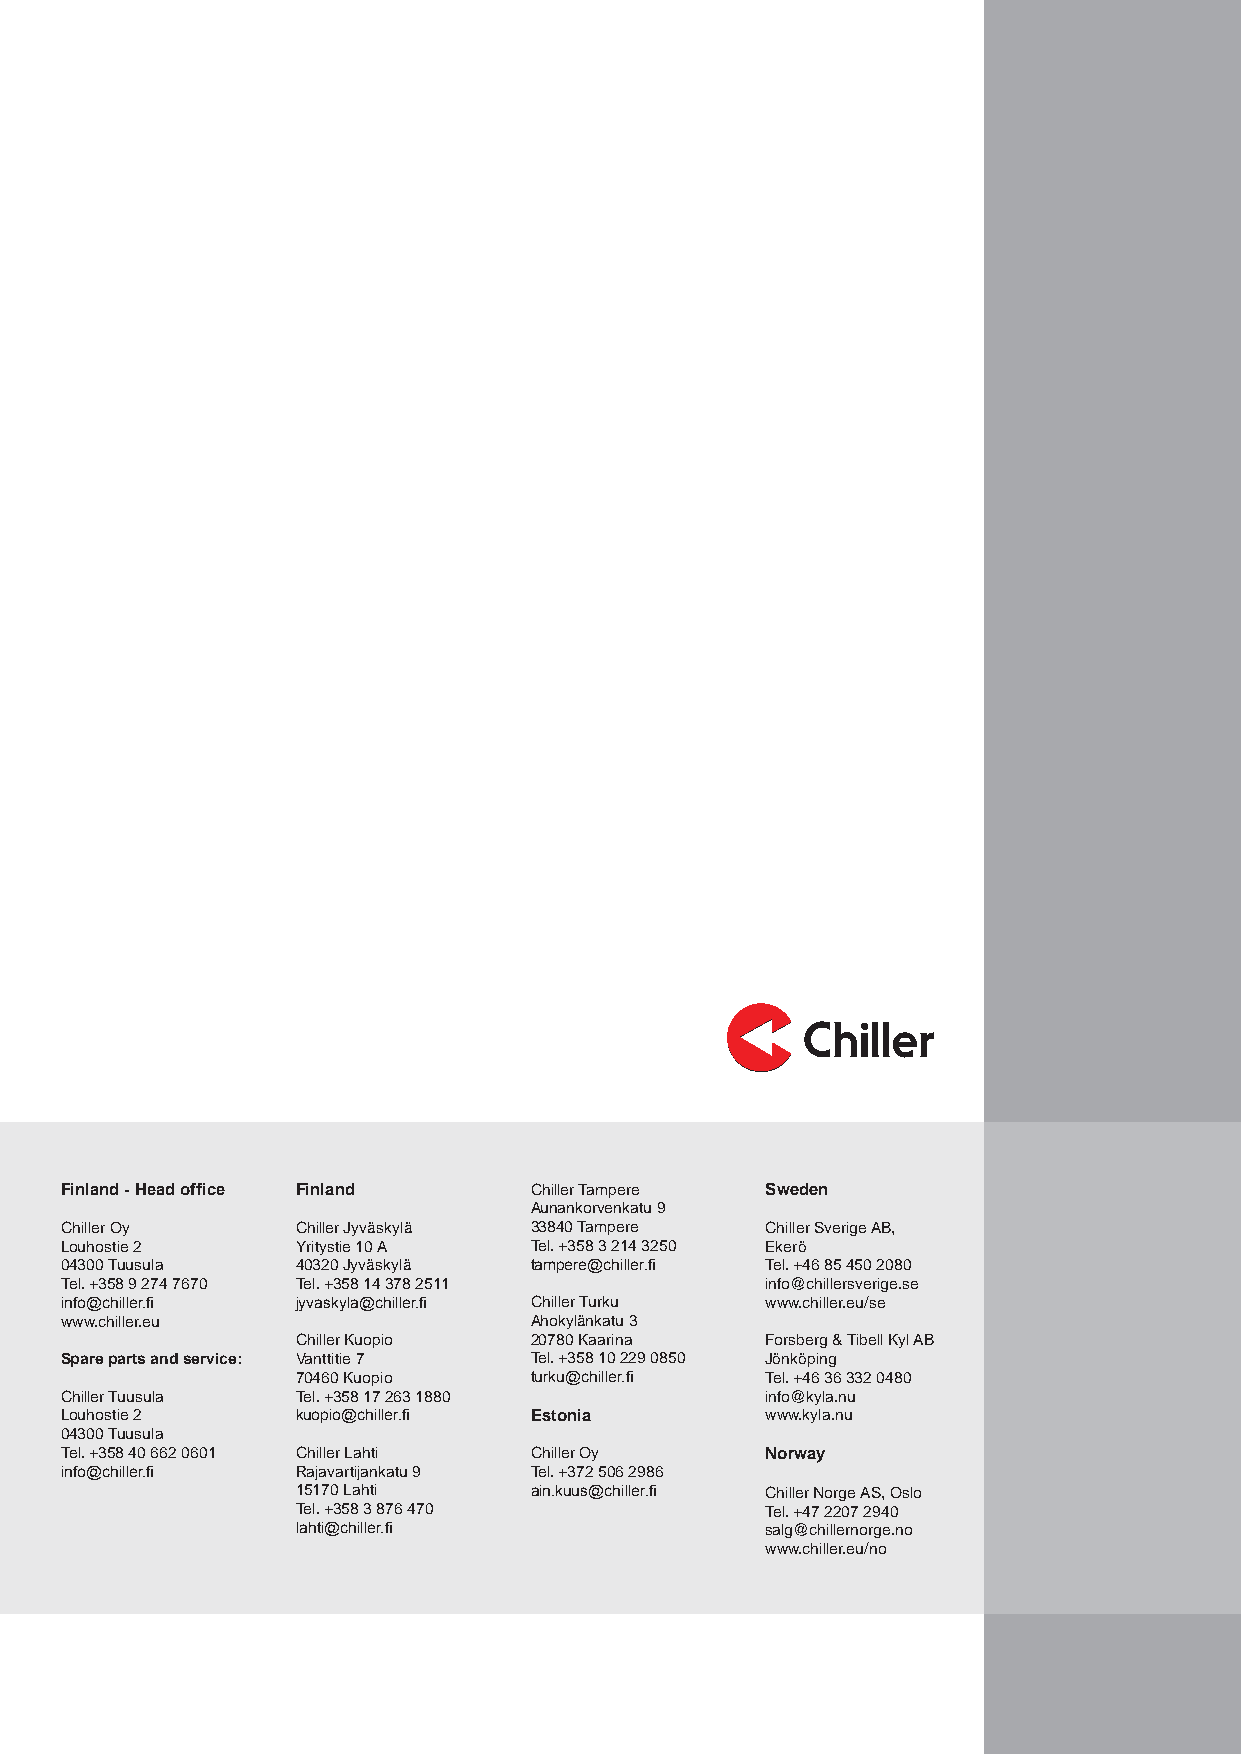
Finland - Head office Finland  Chiller Tampere Sweden
 Aunankorvenkatu 9
 Chiller Oy      Chiller Jyväskylä 33840 Tampere Chiller Sverige AB,
 Louhostie 2     Yritystie 10 A Tel. +358 3 214 3250 Ekerö
 04300 Tuusula   40320 Jyväskylä tampere@chiller.fi Tel. +46 85 450 2080
 Tel. +358 9 274 7670 Tel. +358 14 378 2511     info@chillersverige.se
 info@chiller.fi jyvaskyla@chiller.fi Chiller Turku www.chiller.eu/se
 www.chiller.eu                 Ahokylänkatu 3
 Chiller Kuopio 20780 Kaarina   Forsberg & Tibell Kyl AB
 Spare parts and service: Vanttitie 7 Tel. +358 10 229 0850 Jönköping
 70460 Kuopio   turku@chiller.fi Tel. +46 36 332 0480
 Chiller Tuusula Tel. +358 17 263 1880          info@kyla.nu
 Louhostie 2     kuopio@chiller.fi Estonia      www.kyla.nu
 04300 Tuusula
 Tel. +358 40 662 0601 Chiller Lahti Chiller Oy Norway
 info@chiller.fi Rajavartijankatu 9 Tel. +372 506 2986
 15170 Lahti    ain.kuus@chiller.fi Chiller Norge AS, Oslo
 Tel. +358 3 876 470            Tel. +47 2207 2940
 lahti@chiller.fi               salg@chillernorge.no
 www.chiller.eu/no